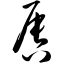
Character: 唇